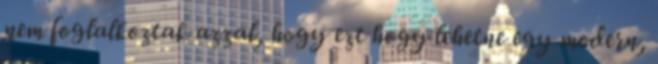
nem foglalkoztak azzal, hogy ezt hogy lehetne egy modern,